Calcutta medical institutions reports 1871-78
Year: 1871
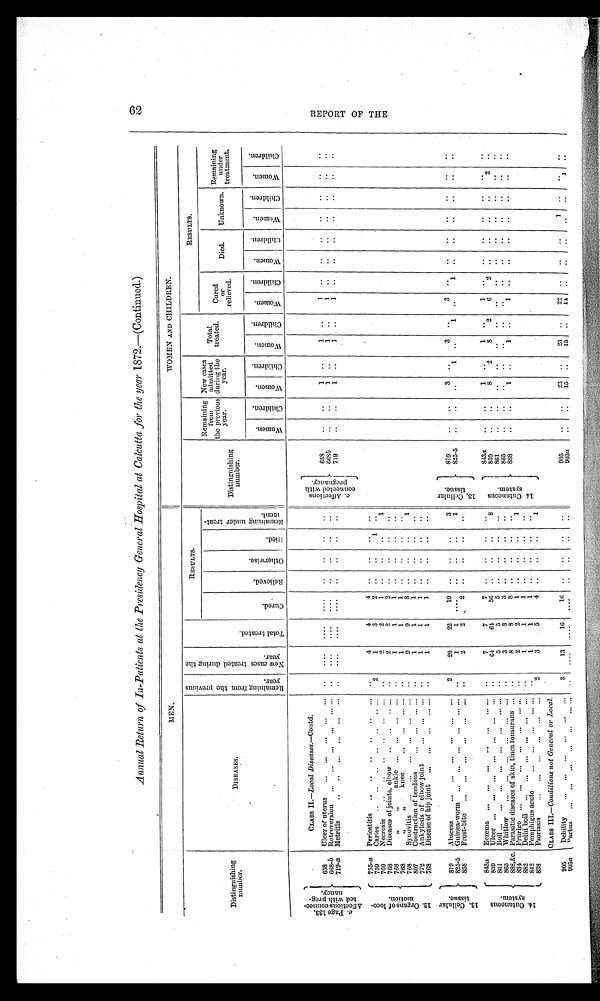
Annual Return of In-Patients at the Presidency General Hospital at Calcutta for the year 1872.—(Continued.)
MEN.
WOMEN AND CHILDREN.
Distinguishing
number.
DISEASES.
Remaining
from
the previous
year.
New cases
treated
during the
year.
Total
treated.
RESULTS.
Distinguishing
number.
Remaining
from
the previous
year.
New cases
admitted
during the
year.
Total
treated.
RESULTS.
C u r e d .
R e l i e v e d .
O t h e r w i s e .
D i e d .
R e m a i n i n g u n d e r t r e a t -
m e n t .
Cured
or
relieved.
Died.
Unknown.
Remaining
under
treatment.
W o m e n .
C h i l d r e n .
W o m e n .
C h i l d r e n .
W o m e n .
C h i l d r e n .
W o m e n .
C h i l d r e n .
W o m e n .
C h i l d r e n .
W o m e n .
C h i l d r e n .
W o m e n .
C h i l d r e n .
c .P
a g e 1 3 3 . A f f e c t i o n s c o n n e c -
t e d w i t h p r e g -
n a n c y .
CLASS II.—Local Diseases.—Contd.
c A f f e c t i o n s
c o n n e c t e d w i t h
p r e g n a n c y . .
658
Ulcer of uterus ... ... ... ... ...
. .
. . . .
. . . .
. . . . ..
..
..
..
658
..
..
1 ..
1 ..
1 ..
..
..
..
.. ..
..
668-b Retroversion ... ... ... ... ... . . .
. .
. . . .
. . . .
. . . .
. .
. .
. .
. .
668b
..
..
1 ..
1 ..
1 ..
. . ..
..
..
. . . .
719-a Metritis
.. .. ... ...
. . .
. . . ..
. . . . ....
. . . . ..
..
..
..
719
..
..
1 ..
1 ..
1
. . ..
..
. .
. .
. .
. .
1 2 . O r g a n s o f l o c o -
m o t i o n . 755-a Periostitis .. .. .. .. .. ...
. .
4
4
4 . .
. . ..
..
759
Caries .. .. .. .. .. .. ...
2
1
3
2 ..
..
1 ..
760
Necrosis
. .
. .
. . .. .. .. ..
2
2
1 ..
..
..
1
768
Diseases of joints, elbow .. .. .. ...
. .
2
2
2 ..
..
..
..
768
" " a n k l e . . .
. . . ... ...
. .
1
1
1 ..
..
..
..
768
" " knee
... ... .. .. ..
1
1
1 ..
..
..
..
768
Synovitis
. . .
. . .
. . . ...
. . . ...
. .
9
9
8 ..
. .
..
1
807
Contraction of tendons
... ...
. . . ...
. .
1
1
1 ..
..
..
..
77 2
Ankylosis of elbow joint
. . .
. . . ... ..
1
1
1 ..
..
..
..
768
Disease of hip joint ... ... ... ... ...
. .
1
1
1 ..
..
..
..
1 3 . C e l l u l a r
t i s s u e . 819
Abscess
. . .
. . .
. . .
. . .
. . .
. . .
2
20
22
19 ..
..
..
3
1 3 . C e l l u l a r
t i s s u e . 819
.. ..
3 ..
3 ..
3
. . .. ..
. . .. .. ..
825-5 Guinea-worm ... ... ... ... ... ...
. .
1
1
. . . . . .
. .
..
1
825-5
. . .. . . 1 ..
1 ..
1 ..
..
..
..
. . . .
858
Frost-bite
. . .
. . .
. . .
. . .
. . .
. . .
. .
2
2
2 ..
..
..
..
1 4 . C u t a n e o u s
s y s t e m .
843a Eczema ... ... ... ... ... ... ... ..
7
7
7
. .
. .
.. ..
1 4 . C u t a n e o u s
s y s t e m . 843a ..
..
1 ..
1 ..
1 ..
..
..
..
..
.. . .
859
Ulcer ... ... . ... ... ... ... ...
. .
64
64
56 ..
. .
..
8
859
..
. . 8
2
8 2
6 2
. .
. . ..
. .
2 ..
861
Boil... ... ...
. . .
. . .
. . .
. . . . . .
. .
5
5
5 . .
. .
..
..
861
..
..
..
..
..
. .
. .
. . . .
..
..
..
.. . .
865
Whitlow
. . . ...
. . . ...
. . . ...
. .
3
3
3
. .
. .
..
..
865
..
..
. .
..
. .
. .
. . ..
. . . .
. .
. .
.. . .
888,&c. Parasitic diseases of skin, tinea tonsurans ... ..
8
8
8 ..
..
..
..
888
..
..
1 ..
1
. .
1 ..
..
..
..
..
.. . .
834 Prurigo ... ...
. . .
. . .
. . .
. . . . . .
. .
2
2
1 ..
..
..
1
882
Delhi boil ... ... ... ... ... ...
. .
1
1
1 ..
..
..
..
842
Pemphigus acute
. . .
. . .
. . .
. . . . . .
. .
1
1
1 ..
..
..
..
838
Psoriasis
... ... ... ... ... ...
2
3
5
4 ..
..
..
1
CLASS III.— Conditions not General or Local.
905
Debility
... ... ... ... ... ...
3
13
16
16 ..
. .
. . ..
905
..
..
23 ..
23 ..
22 ..
..
..
1 ..
..
..
903a Partus ... ... ... ... ... ...... ...
. . ....
. . . .
. . . .
. .
. .
. . ..
903a
. .
. . 15 ..
15 ..
1 4
..
. . ..
..
..
1 ..
R E P O R T O F T H E